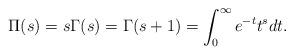
LaTeX: \begin{align*} \Pi(s)=s\Gamma(s)=\Gamma(s+1)=\int_0^\infty e^{-t}t^s dt.\end{align*}